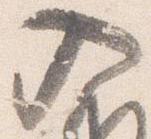
入